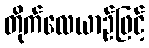
တိုက်လေယာဉ်ဖြင့်